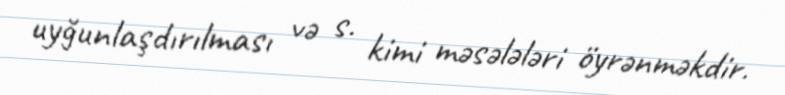
uyğunlaşdırılması və s. kimi məsələləri öyrənməkdir.